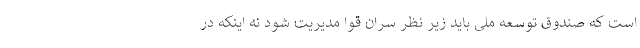
است که صندوق توسعه ملی باید زیر نظر سران قوا مدیریت شود نه اینکه در